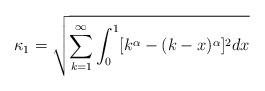
LaTeX: \begin{align*} \kappa_1= \sqrt{\sum_{k=1}^\infty \int_0^1 [ k^\alpha - (k-x)^\alpha]^2 dx}\end{align*}